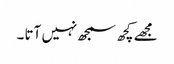
مجھے کچھ سمجھ نہیں آتا ۔